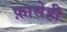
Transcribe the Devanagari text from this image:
फ़ासेही